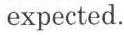
expected.